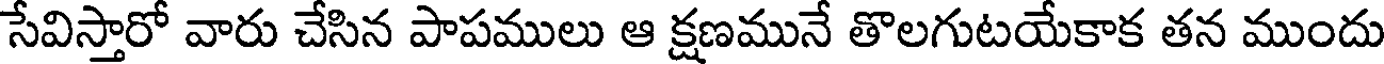
సేవిస్తారో వారు చేసిన పాపములు ఆ క్షణమునే తొలగుటయేకాక తన ముందు